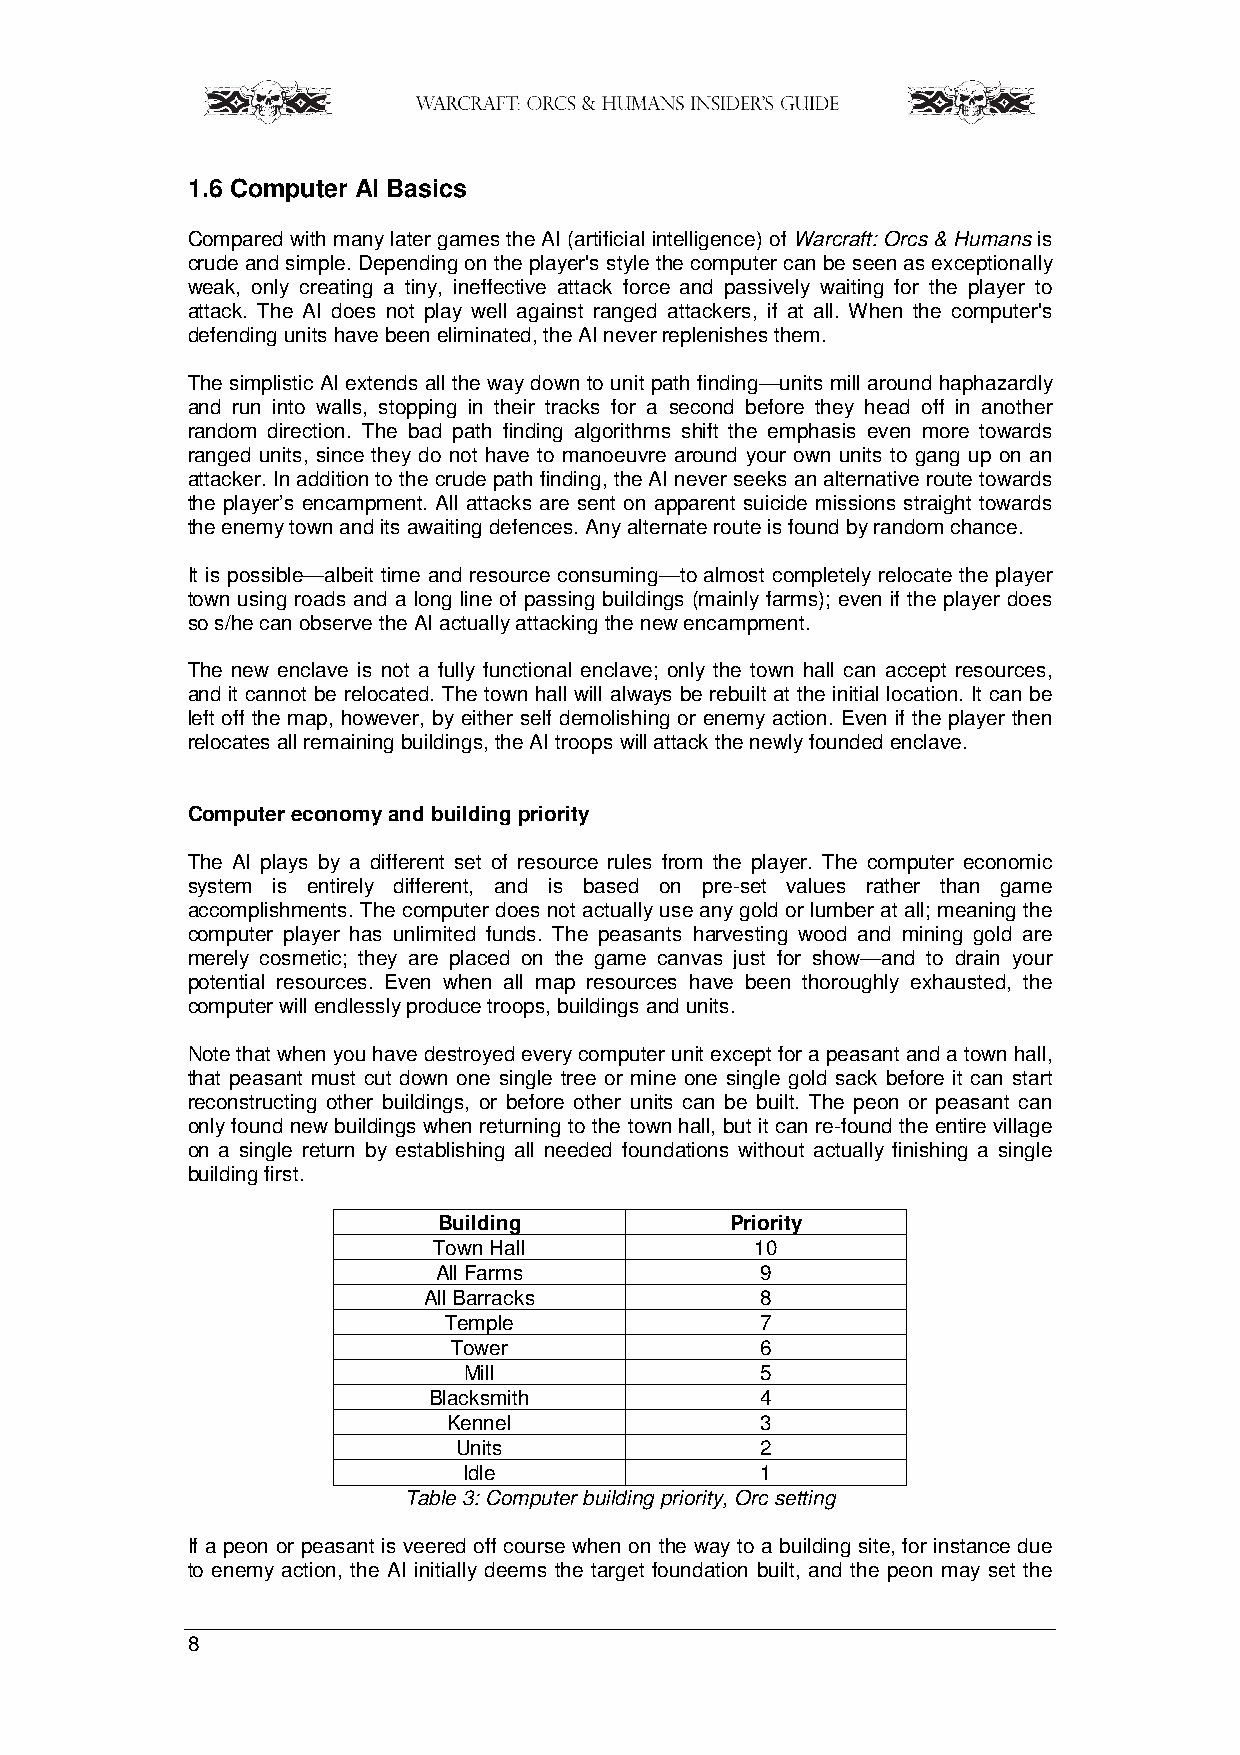
1.6 Computer AI Basics
 Compared with many later games the AI (artificial intelligence) of Warcraft: Orcs & Humans is
 crude and simple. Depending on the player's style the computer can be seen as exceptionally
 weak, only creating a tiny, ineffective attack force and passively waiting for the player to
 attack. The AI does not play well against ranged attackers, if at all. When the computer's
 defending units have been eliminated, the AI never replenishes them.
 The simplistic AI extends all the way down to unit path finding—units mill around haphazardly
 and run into walls, stopping in their tracks for a second before they head off in another
 random direction. The bad path finding algorithms shift the emphasis even more towards
 ranged units, since they do not have to manoeuvre around your own units to gang up on an
 attacker. In addition to the crude path finding, the AI never seeks an alternative route towards
 the player’s encampment. All attacks are sent on apparent suicide missions straight towards
 the enemy town and its awaiting defences. Any alternate route is found by random chance.
 It is possible—albeit time and resource consuming—to almost completely relocate the player
 town using roads and a long line of passing buildings (mainly farms); even if the player does
 so s/he can observe the AI actually attacking the new encampment.
 The new enclave is not a fully functional enclave; only the town hall can accept resources,
 and it cannot be relocated. The town hall will always be rebuilt at the initial location. It can be
 left off the map, however, by either self demolishing or enemy action. Even if the player then
 relocates all remaining buildings, the AI troops will attack the newly founded enclave.
 Computer economy and building priority
 The AI plays by a different set of resource rules from the player. The computer economic
 system is entirely different, and is based on pre-set values rather than game
 accomplishments. The computer does not actually use any gold or lumber at all; meaning the
 computer player has unlimited funds. The peasants harvesting wood and mining gold are
 merely cosmetic; they are placed on the game canvas just for show—and to drain your
 potential resources. Even when all map resources have been thoroughly exhausted, the
 computer will endlessly produce troops, buildings and units.
 Note that when you have destroyed every computer unit except for a peasant and a town hall,
 that peasant must cut down one single tree or mine one single gold sack before it can start
 reconstructing other buildings, or before other units can be built. The peon or peasant can
 only found new buildings when returning to the town hall, but it can re-found the entire village
 on a single return by establishing all needed foundations without actually finishing a single
 building first.
 Building           Priority
 Town Hall            10
 All Farms            9
 All Barracks          8
 Temple               7
 Tower               6
 Mill               5
 Blacksmith            4
 Kennel              3
 Units               2
 Idle               1
 Table 3: Computer building priority, Orc setting
 If a peon or peasant is veered off course when on the way to a building site, for instance due
 to enemy action, the AI initially deems the target foundation built, and the peon may set the
 8